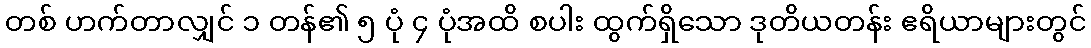
တစ် ဟက်တာလျှင် ၁ တန်၏ ၅ ပုံ ၄ ပုံအထိ စပါး ထွက်ရှိသော ဒုတိယတန်း ဧရိယာများတွင်